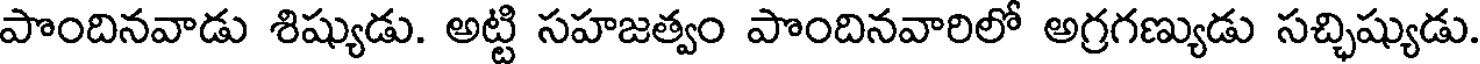
పొందినవాడు శిష్యుడు. అట్టి సహజత్వం పొందినవారిలో అగ్రగణ్యుడు సచ్చిష్యుడు.